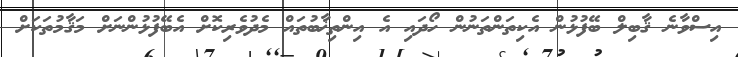
އިސްވާނެ ޤާބިލް ބޭފުޅުން އެކިތަންތަނުން ހޯދައި އެ އިންތިޚާބުތައް މެދުވެރިކޮށް އެބޭފުޅުންނަށް މަޤާމުތަކަށް